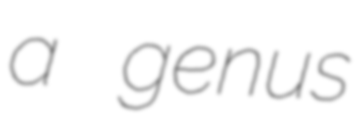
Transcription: a genus